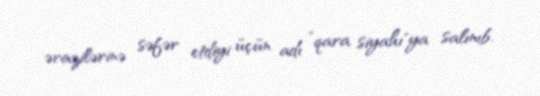
ərazilərinə səfər etdiyi üçün adı ”qara siyahı"ya salınıb.